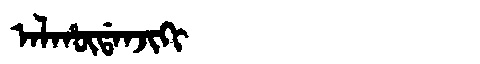
Manchu: ᠠᠯᡥᡡᡩᠠᠨᠵᡳᡴᡳ
Romanization: ALHŪDANJIKI